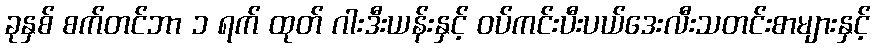
ခုနှစ် စက်တင်ဘာ ၁ ရက် ထုတ် ဂါးဒီးယန်းနှင့် ဝပ်ကင်းပီးပယ်ဒေးလီးသတင်းစာများနှင့်